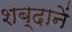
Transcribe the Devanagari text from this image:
शब्दानें